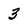
Character: 3